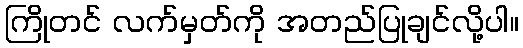
ကြိုတင် လက်မှတ်ကို အတည်ပြုချင်လို့ပါ။